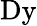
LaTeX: \mathrm{Dy}